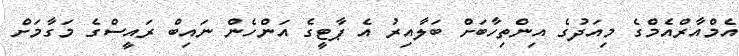
އެމްއާރްއެމްގެ މިއަދުގެ އިންތިހާބަށް ބަލާއިރު އެ ޕާޓީގެ އަންހެން ނައިބް ރައީސްގެ މަގާމަށް